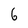
Character: 6